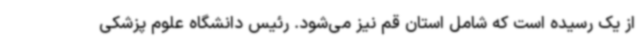
از یک رسیده است که شامل استان قم نیز می‌شود. رئیس دانشگاه علوم پزشکی